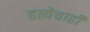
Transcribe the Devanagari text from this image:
हत्येचाही